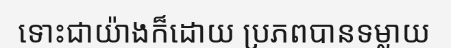
ទោះជាយ៉ាងក៏ដោយ ប្រភពបានទម្លាយ